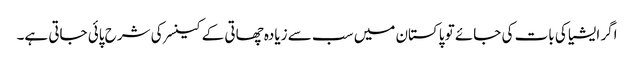
اگر ایشیا کی بات کی جائے تو پاکستان میں سب سے زیادہ چھاتی کے کینسر کی شرح پائی جاتی ہے۔